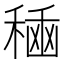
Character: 𮃘